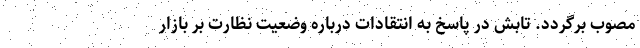
مصوب برگردد. تابش در پاسخ به انتقادات درباره وضعیت نظارت بر بازار